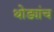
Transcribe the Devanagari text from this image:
थोड्यांच